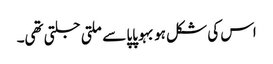
اس کی شکل ہو بہو پاپا سے ملتی جلتی تھی۔